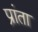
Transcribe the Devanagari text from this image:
प्रांता